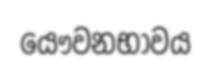
යෞවනභාවය